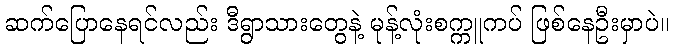
ဆက်ပြောနေရင်လည်း ဒီရွာသားတွေနဲ့ မုန့်လုံးစက္ကူကပ် ဖြစ်နေဦးမှာပဲ။